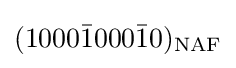
(1000{\bar {1}}000{\bar {1}}0)_{\text{NAF}}